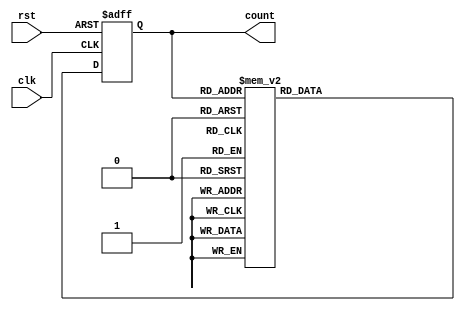
module gray_code_counter(
    input clk,
    input rst,
    output reg[3:0] count
);

reg[3:0] next_count;

always @(posedge clk or posedge rst) begin
    if (rst) begin
        count <= 4'b0000;
    end else begin
        next_count = count + 1;
        
        case (count)
            4'b0000: count <= 4'b0001;
            4'b0001: count <= 4'b0011;
            4'b0011: count <= 4'b0010;
            4'b0010: count <= 4'b0110;
            4'b0110: count <= 4'b0111;
            4'b0111: count <= 4'b0101;
            4'b0101: count <= 4'b0100;
            4'b0100: count <= 4'b1100;
            4'b1100: count <= 4'b1101;
            4'b1101: count <= 4'b1111;
            4'b1111: count <= 4'b1110;
            4'b1110: count <= 4'b1010;
            4'b1010: count <= 4'b1011;
            4'b1011: count <= 4'b1001;
            4'b1001: count <= 4'b1000;
            4'b1000: count <= 4'b0000;
        endcase
    end
end

endmodule